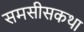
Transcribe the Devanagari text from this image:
समसीसकथा